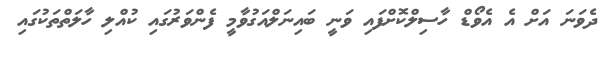
ދެވަނަ އަށް އެ އެވޯޑް ހާސިލްކޮށްފައި ވަނީ ބައިނަލްއަގުވާމީ ފެންވަރުގައި ކުއްލި ހާލަތްތަކުގައި